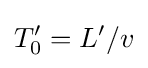
T'_{0}=L'/v